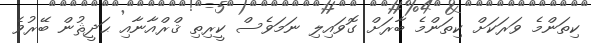
ކިތަންމެ ވަރަކަށް ކިތަންމެ ބާރަށް ގޮވައިލި ނަމަވެސް ކީރިތި ޤްރްއާނާއި ޙަދީޘުން ބޭރުވެ